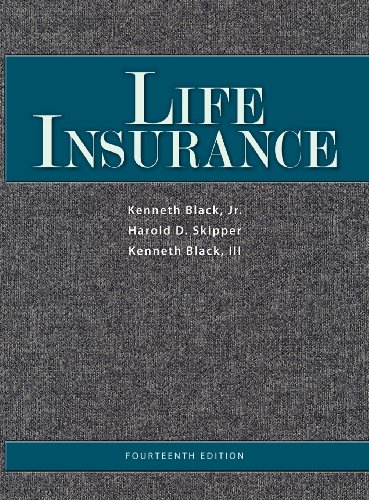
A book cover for Life Insurance, 14th Ed.; Jr. Kenneth Black; Business & Money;